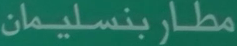
مطاربنسليمان